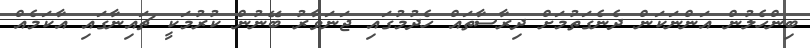
ބިންހެލުން އަންނަކަން ދެނެގަތުމަށް ދިރާސާތައް ހެދުމުގައި ޖަނަވާރު ބޭނުން ކުރުމަކީ ޗައިނާގައި އާކަމެއް